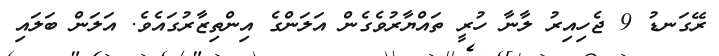
ރޭގަނޑު 9 ޖެހިއިރު ލާނާ ހުރީ ތައްޔާރުވެގެން އަލަންގެ އިންތިޒާރުގައެވެ. އަލަން ބަލައި